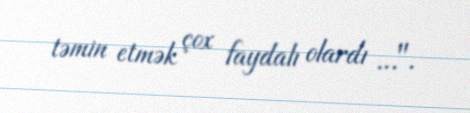
təmin etmək çox faydalı olardı …".